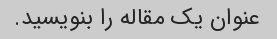
عنوان یک مقاله را بنویسید.